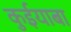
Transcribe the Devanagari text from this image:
कुईयाबा